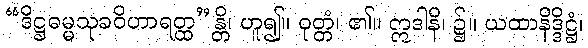
“ဒိဋ္ဌဓမ္မသုခဝိဟာရတ္ထ”န္တိ၊ ဟူ၍။ ဝုတ္တံ၊ ၏။ ဣဒါနိ၊ ၌။ ယထာနိဒ္ဒိဋ္ဌံ၊